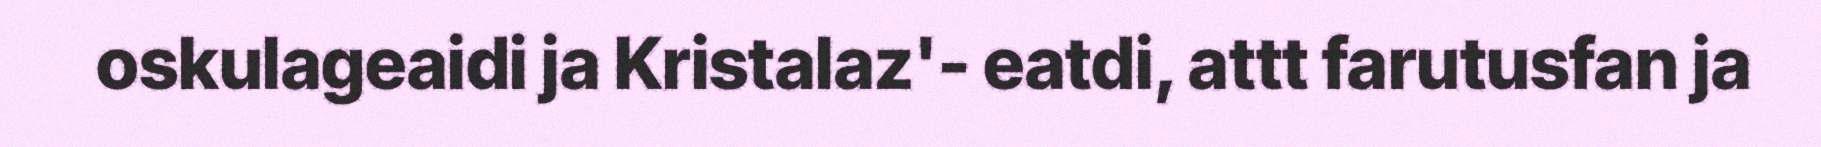
oskulageaidi ja Kristalaz'- eatdi, attt farutusfan ja